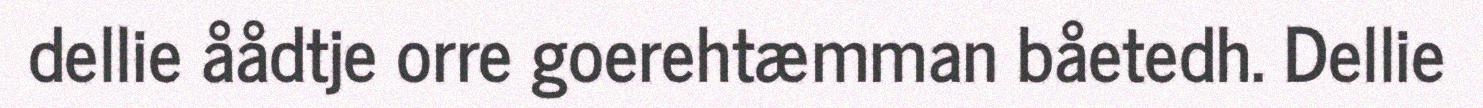
dellie åådtje orre goerehtæmman båetedh. Dellie